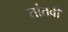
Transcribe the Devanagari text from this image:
तांतवी